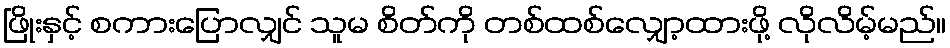
ဖြိုးနှင့် စကားပြောလျှင် သူမ စိတ်ကို တစ်ထစ်လျှော့ထားဖို့ လိုလိမ့်မည်။